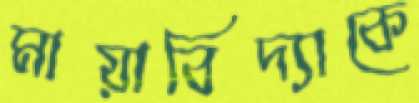
মায়াবিদ্যাকে